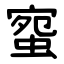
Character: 䗕